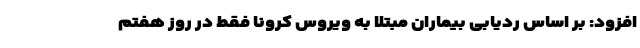
افزود: بر اساس ردیابی بیماران مبتلا به ویروس کرونا فقط در روز هفتم